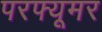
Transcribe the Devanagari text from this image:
परफ्यूमर